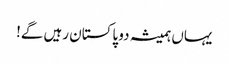
یہاں ہمیشہ دو پاکستان رہیں گے!